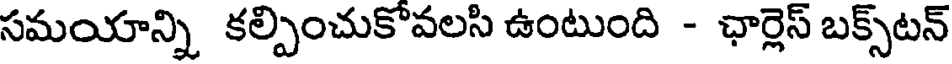
సమయాన్ని కల్పించుకొవలసి ఉంటుంది - ఛార్లెస్ బక్స్టన్